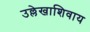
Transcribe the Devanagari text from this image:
उल्लेखाशिवाय